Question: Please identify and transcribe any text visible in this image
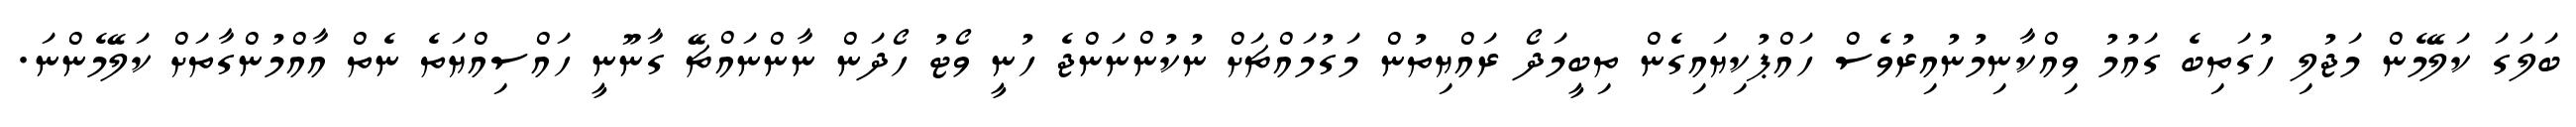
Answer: ބަލަގަ ކަލޭމެން މަޖުލި ހުގަތިބެ ގައުމު ވިއްކާނިމުނުއިރުވެސް ހައްޕުކިޔައިގެން ތިބީމަދޯ ރައްޔިތުން މަގުމައްޗަށް ނުކުންނަންޖެ ހުނީ ވޯޓު ހޯދަން ނާންނައްޗޭ ގާނޫނީ ހައްސިއްޔަތެ ނެތް އާއްމުންގާތަށް ކަލޭމެންނަ.